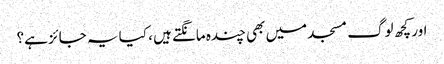
اور کچھ لوگ مسجد میں بھی چندہ مانگتے ہیں ، کیا یہ جائز ہے؟